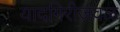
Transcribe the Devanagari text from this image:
यादगिरीजवळ